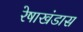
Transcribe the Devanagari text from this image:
रेषाखंडास